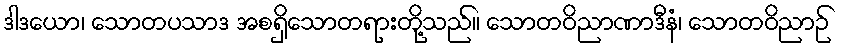
ဒါဒယော၊ သောတပသာဒ အစရှိသောတရားတို့သည်။ သောတဝိညာဏာဒီနံ၊ သောတဝိညာဉ်